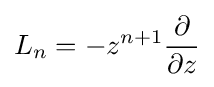
L_{n}=-z^{n+1}{\frac {\partial }{\partial z}}